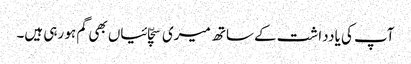
آپ کی یادداشت کے ساتھ میری سچّائیاں بھی گم ہو رہی ہیں۔